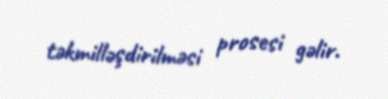
təkmilləşdirilməsi prosesi gəlir.